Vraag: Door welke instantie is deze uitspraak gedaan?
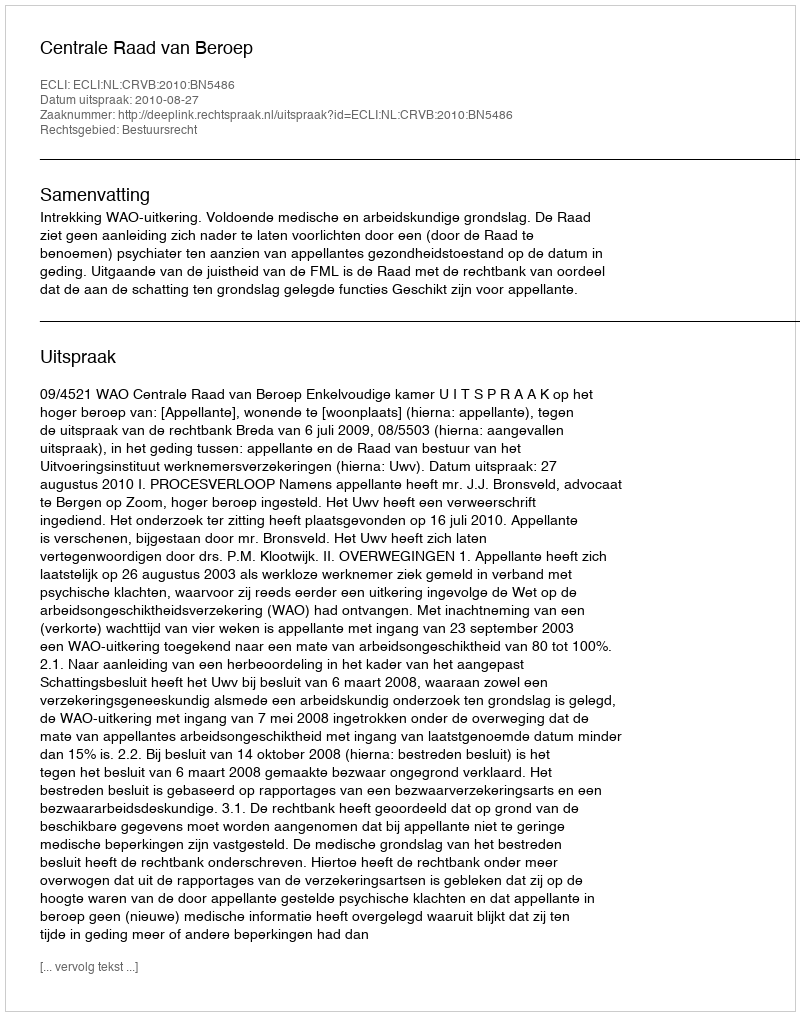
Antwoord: Centrale Raad van Beroep